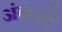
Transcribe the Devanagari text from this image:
अंबरचे